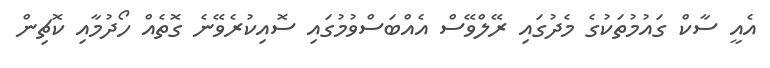
އެއީ ސާކް ގައުމުތަކުގެ މެދުގައި ރޭލްވޭސް އެއްބަސްވުމުގައި ސޮއިކުރެވޭނެ ގޮތެއް ހޯދުމާއި ކޮޗިން